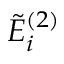
\tilde { E } _ { i } ^ { ( 2 ) }